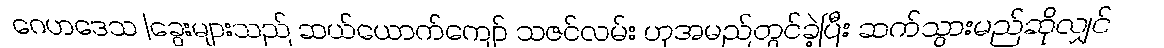
ဂေဟဒေသ |ခွေးများသည် ဆယ်ယောက်ကျော် သဇင်လမ်း ဟုအမည်တွင်ခဲ့ပြီး ဆက်သွားမည်ဆိုလျှင်